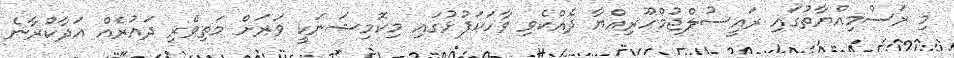
މި ރަސްމިއްޔާތުގައި ރައީސުލްޖުމްހޫރިއްޔާ ދެއްކެވި ވާހަކަފުޅުގައި މިކޮމިޝަނަކީ ވަރަށް މަތިވެރި ދައުރެއް އަދާކުރާނެ